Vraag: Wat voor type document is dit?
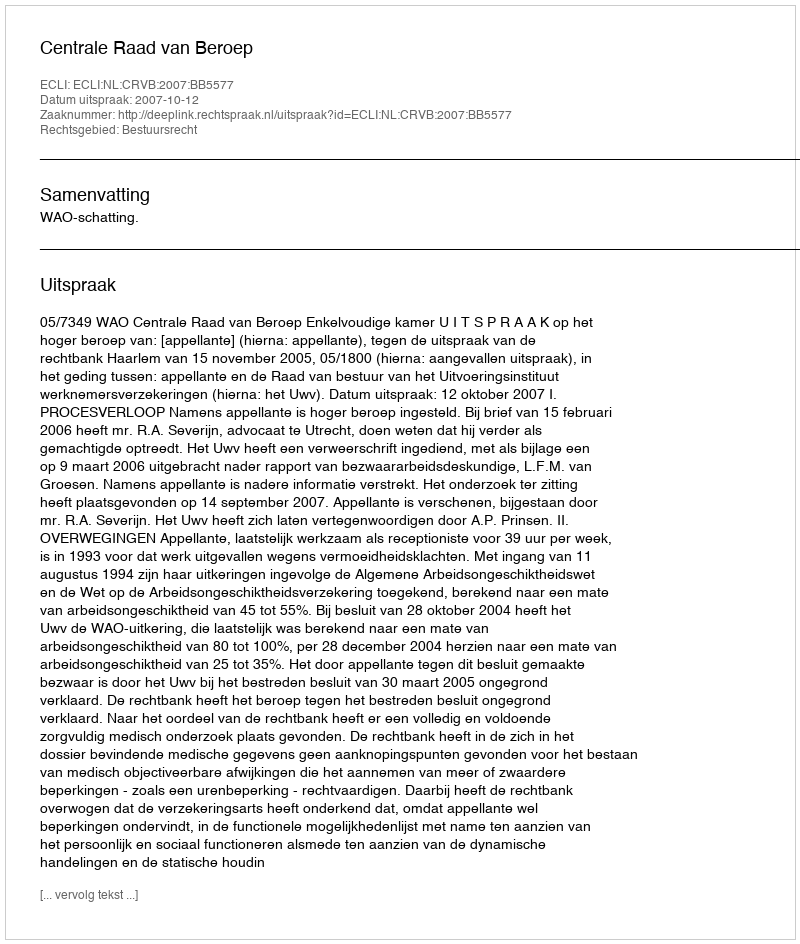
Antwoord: Uitspraak